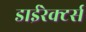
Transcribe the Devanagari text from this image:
डाईरेक्टर्स